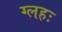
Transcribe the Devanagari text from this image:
ग्लहः